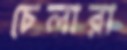
চেলারা